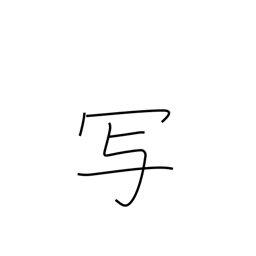
Meaning: be photographed